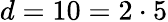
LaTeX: d=10=2\cdot 5